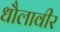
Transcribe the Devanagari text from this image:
धौलावीर